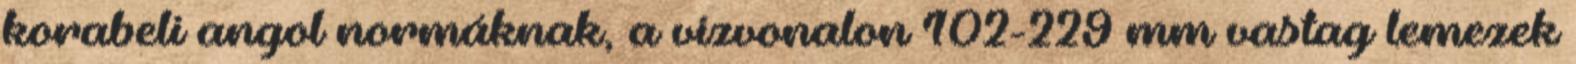
korabeli angol normáknak, a vízvonalon 102-229 mm vastag lemezek